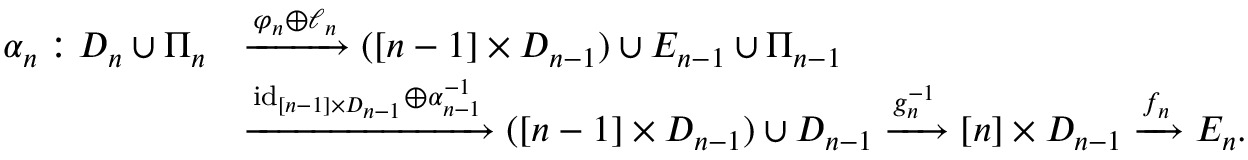
\begin{array} { r l } { \alpha _ { n } : D _ { n } \cup \Pi _ { n } } & { \xrightarrow { \varphi _ { n } \oplus \ell _ { n } } ( [ n - 1 ] \times D _ { n - 1 } ) \cup E _ { n - 1 } \cup \Pi _ { n - 1 } } \\ & { \xrightarrow { \mathrm { i d } _ { [ n - 1 ] \times D _ { n - 1 } } \oplus \alpha _ { n - 1 } ^ { - 1 } } ( [ n - 1 ] \times D _ { n - 1 } ) \cup D _ { n - 1 } \xrightarrow [ ] { g _ { n } ^ { - 1 } } [ n ] \times D _ { n - 1 } \xrightarrow [ ] { f _ { n } } E _ { n } . } \end{array}